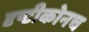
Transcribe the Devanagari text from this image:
दृष्टीकोनच